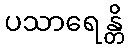
ပသာရေန္တိ